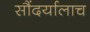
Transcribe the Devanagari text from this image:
सौंदर्यालाच